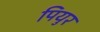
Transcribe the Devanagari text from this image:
पियुर